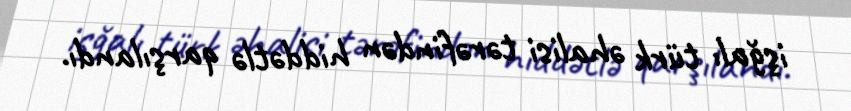
işğalı türk əhalisi tərəfindən hiddətlə qarşılandı.